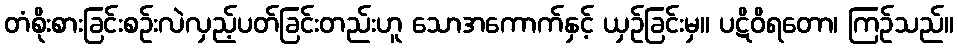
တံစိုးစားခြင်းစဉ်းလဲလှည့်ပတ်ခြင်းတည်းဟူ သောအကောက်နှင့် ယှဉ်ခြင်းမှ။ ပဋိဝိရတော၊ ကြဉ်သည်။